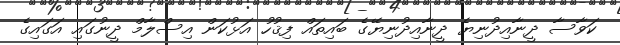
ކަވާސާ ދީނާއިދުނިޔެ ދީނާއިދުނިޔޭގެ ބައިތައް ފިޤުހު އަޅުކަން އިސްލާމް ދީނުގައި އަގައިގެ